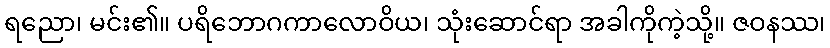
ရညော၊ မင်း၏။ ပရိဘောဂကာလောဝိယ၊ သုံးဆောင်ရာ အခါကိုကဲ့သို့။ ဇဝနဿ၊